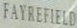
FAYREFIELD